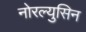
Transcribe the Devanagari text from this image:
नोरल्युसिन